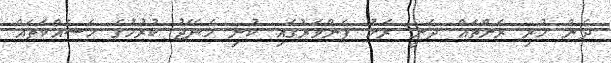
ދެން ހުރި ރަށްތައް ދަނީ ރަށު ފެންވަރުގައި ކުނި މެނޭޖު ކުރުމުގެ މަސައްކަތައް